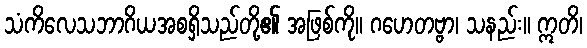
သံကိလေသဘာဂိယအစရှိသည်တို့၏ အဖြစ်ကို။ ဂဟေတဗ္ဗာ၊ သနည်း။ ဣတိ၊